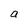
Character: a